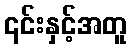
၎င်းနှင့်အတူ